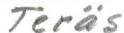
Teräs